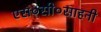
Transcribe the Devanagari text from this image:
एस०सी०साहनी